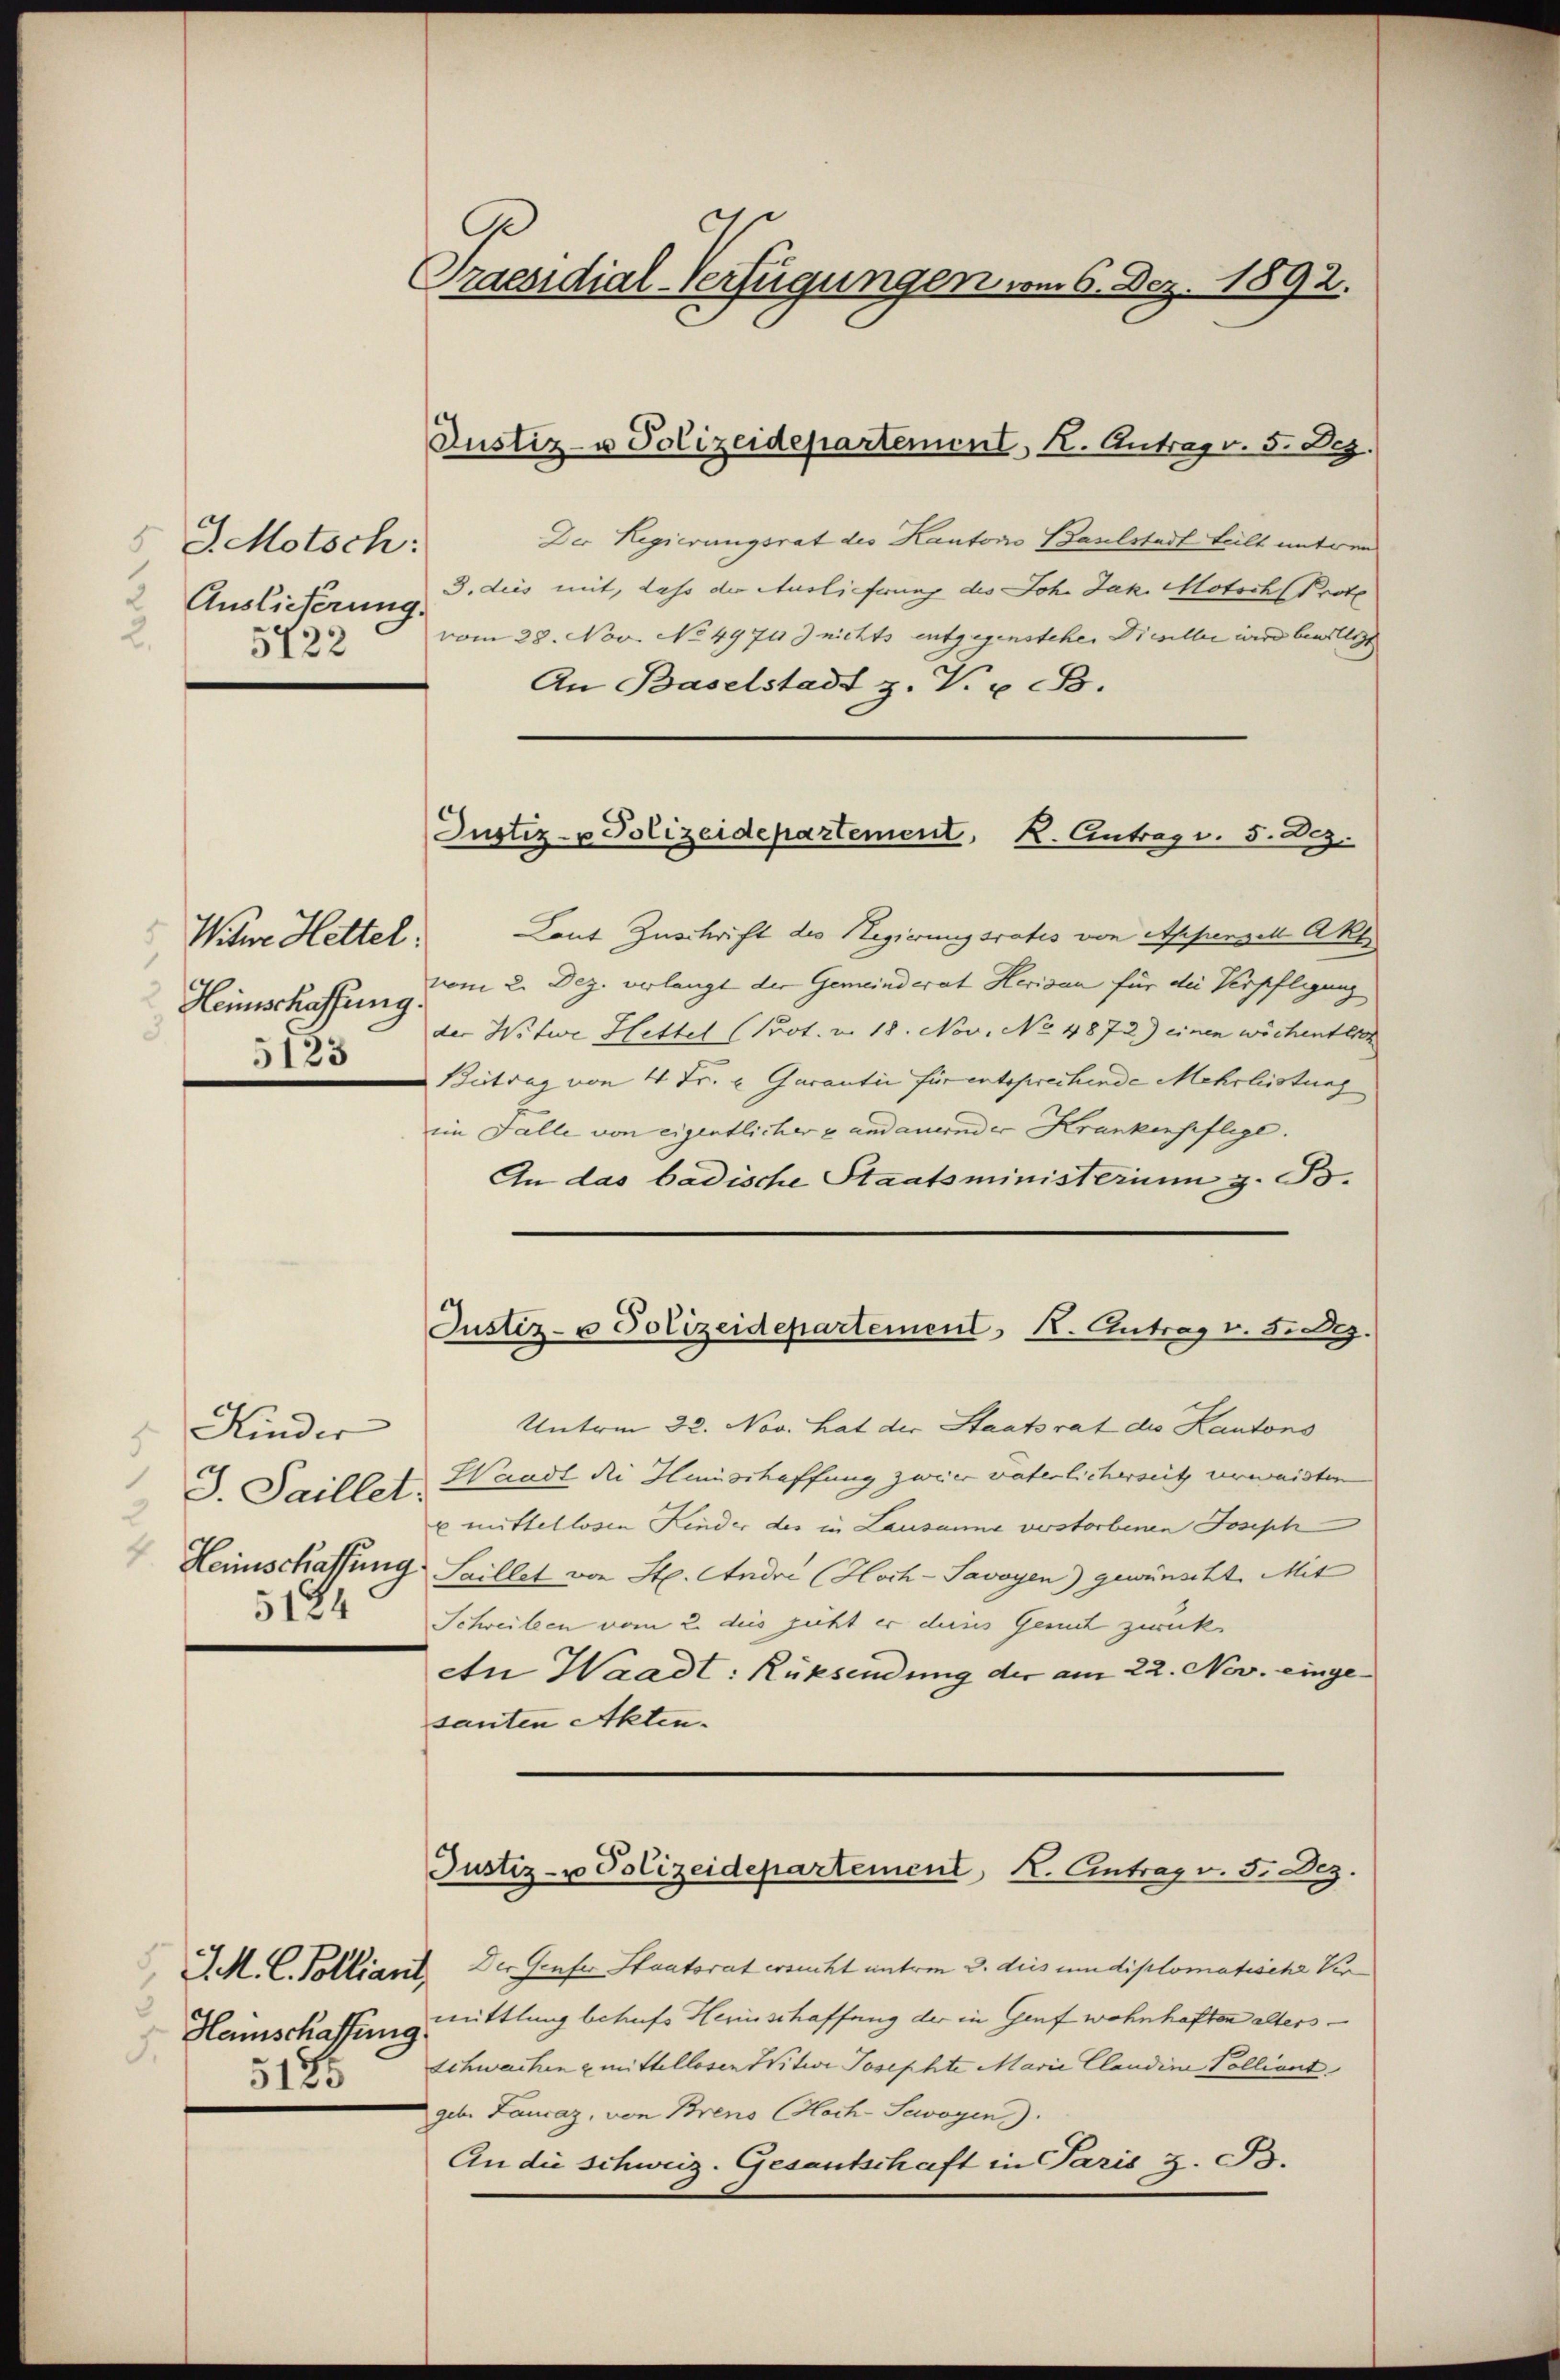
J. Motsch:
 Auslieferung.
2.
5422

Witwe Hettel:
Heimschaffung.
5123

Kinder
J. Saillet.
2
4.
Heimschaffung
5124

Hamschaffung
5175

Praesidial-Verfügungen vom 6. Dez. 1892.

Justiz- u Polizeidepartement, K. Antrag v. 5. Dez.

Der Regierungsrat des Kantonio Baselstadt teilt untren
3. dies mit, dass der Auslieferung des Joh. Jak. Motsch Prote
vom 28. Nov. No 49713 nichts entgegenstehen Dieseller wird bewilligt
An Baselstadt z. V. B.
Laut Zuschrift des Regierungsrates von Appenzell Akl
vom 2. Dez. verlangt der Gemeinderat Herisan für die Verpflegung
der Witwe Hettel (Prot. v. 18. Nov. No 4872.) einen wichentlich
 Beitrag von 4 Fr. u Garantie für entsprechende Mehrleistung
im Falle von eigentlicher Landauernder Krankenheftige.
An das badische Staatsministerium z. B.
Justiz- u Polizeidepartement K. Antrag v. F. Dez.
Unterm 32. Nov. Hat der Staatsrat die Kantons
Waadt die Hinschaffung zweier väterlicherseit verwaisten
umittellosen Kinder des in Lausanne verstorbenen Joseph
Saillet von St. Andre (Hoch-Savoyen) gewünscht. Mit
Schreiben vom 2. dies geht er dies Gemüt zweck
An Waadt: Rüksendung der am 22. Nov. eingesanten Akten.
Justiz- u Polizeidepartement K. Antrag v. 5. Dez.
M. C. Polliant. Der Genfer Staatsrat ersucht unterm 2. dies um diplomatische Ver
mittlung betrufs Herinschaffung der in Genf wohnhaften alters
Schwachen mittellosen Witwe Josephte Marie Claudine Polliant
geb. Lausaz, von Breno Coch-Sewogen).
An die schweiz. Gesantschaft in Paris d. Js.

Justiz- u Polizeidepartement, K. Antrag v. 5. Dez.